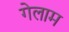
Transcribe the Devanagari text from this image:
गेलाम